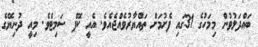
ބައްދަލުވުން މިމަހުގެ 31ގައި ފެށުމަށް ތައްޔާރުވެއްޖެއެވެ. އެއީ ކޮޕް ސަމިޓެވެ. މިއީ ދުނިޔޭގެ